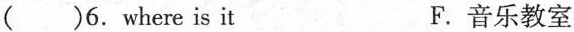
( )6.where is it F.音乐教室